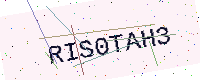
Text: RIS0TAH3